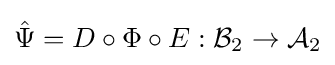
{\hat {\Psi }}=D\circ \Phi \circ E:{\mathcal {B}}_{2}\rightarrow {\mathcal {A}}_{2}